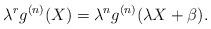
LaTeX: \begin{align*}\lambda^rg^{(n)}(X)= \lambda^ng^{(n)}(\lambda X+ \beta). \end{align*}